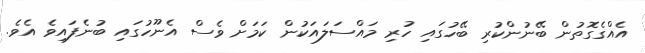
އެއްގެގޮތުން ބޭނުންކުރި ބޭހުގައި ހުރި މައްސަލައަކުން ކަމަށް ވެސް އެނޫހުގައި ބުނެފައިވެ އެވެ.